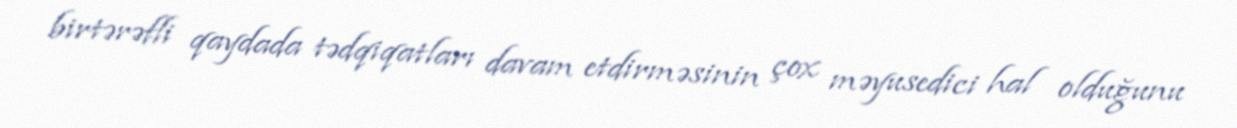
birtərəfli qaydada tədqiqatları davam etdirməsinin çox məyusedici hal olduğunu